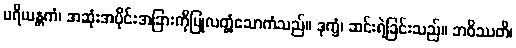
ပရိယန္တကံ၊ အဆုံးအပိုင်းအခြားကိုပြုလတ္တံ့သောကံသည်။ ဒုက္ခံ၊ ဆင်းရဲခြင်းသည်။ ဘဝိဿတိ၊